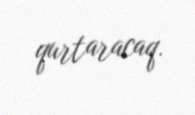
qurtaracaq.